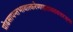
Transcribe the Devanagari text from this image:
प्रोढसापन्तभावात्करेणाहतास्तवत्तरङ्गा